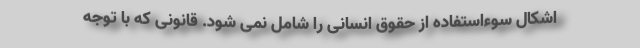
اشکال سوءاستفاده از حقوق انسانی را شامل نمی شود. قانونی که با توجه